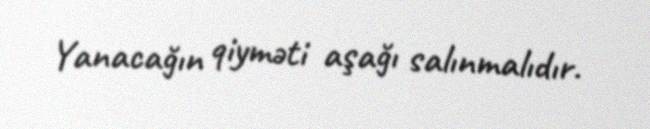
Yanacağın qiyməti aşağı salınmalıdır.